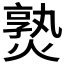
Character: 𤍨